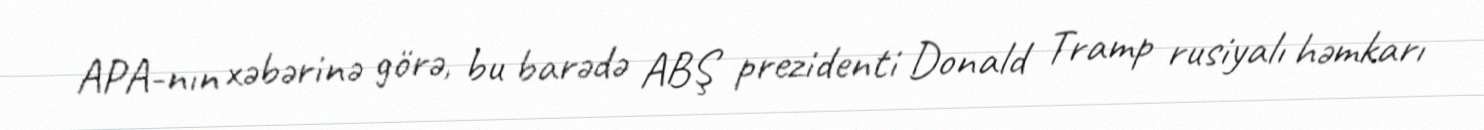
APA-nın xəbərinə görə, bu barədə ABŞ prezidenti Donald Tramp rusiyalı həmkarı